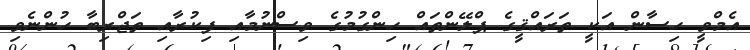
އެމްވީ ހިސާން އަކީ ތަރައްޤީގެ ޕްލޭންތައް ހިންގުމުގެ ވިސްނުމާއި ފިކުރާއި ތަޖްރިބާ ހުންނެވި